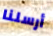
أرسلنا